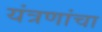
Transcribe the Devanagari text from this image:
यंत्रणांचा